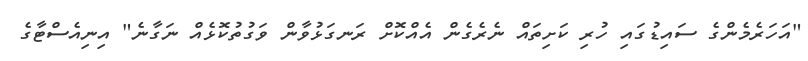
"އަހަރެމެންގެ ސައިޑުގައި ހުރި ކަށިތައް ނެރެގެން އެއްކޮށް ރަނގަޅުވާން ވަގުތުކޮޅެއް ނަގާނެ" އިނިއެސްޓާގެ